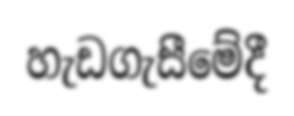
හැඩගැසීමේදී